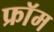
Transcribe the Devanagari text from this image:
फ्राॅम